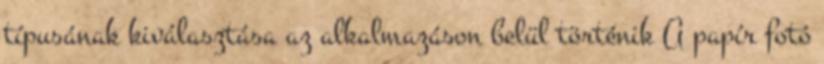
típusának kiválasztása az alkalmazáson belül történik A papír fotó